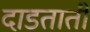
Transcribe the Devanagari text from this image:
दाडताती